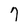
Character: 7